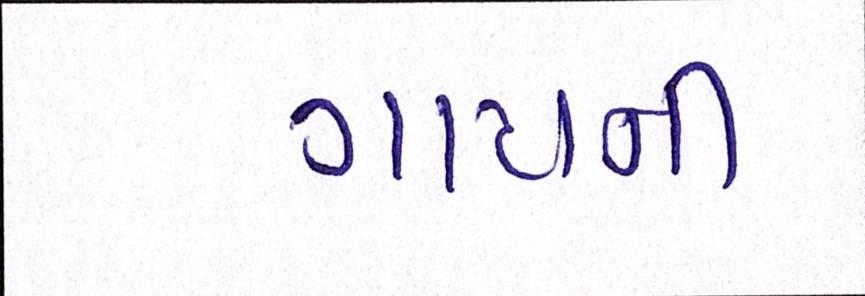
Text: ગાયની